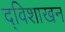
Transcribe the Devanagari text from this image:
द्विशाखन